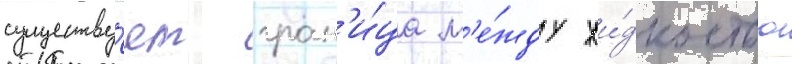
существу́ет гран'и́ца м'е́жду жи́дкостью